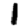
Digit: 1